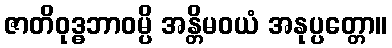
ဇာတိဝုဒ္ဓဘာဝမ္ပိ အန္တိမဝယံ အနုပ္ပတ္တော။